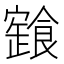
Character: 𩝩